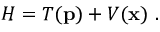
H = T ( { \bf p } ) + V ( { \bf x } ) \ .